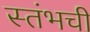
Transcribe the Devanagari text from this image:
स्तंभची